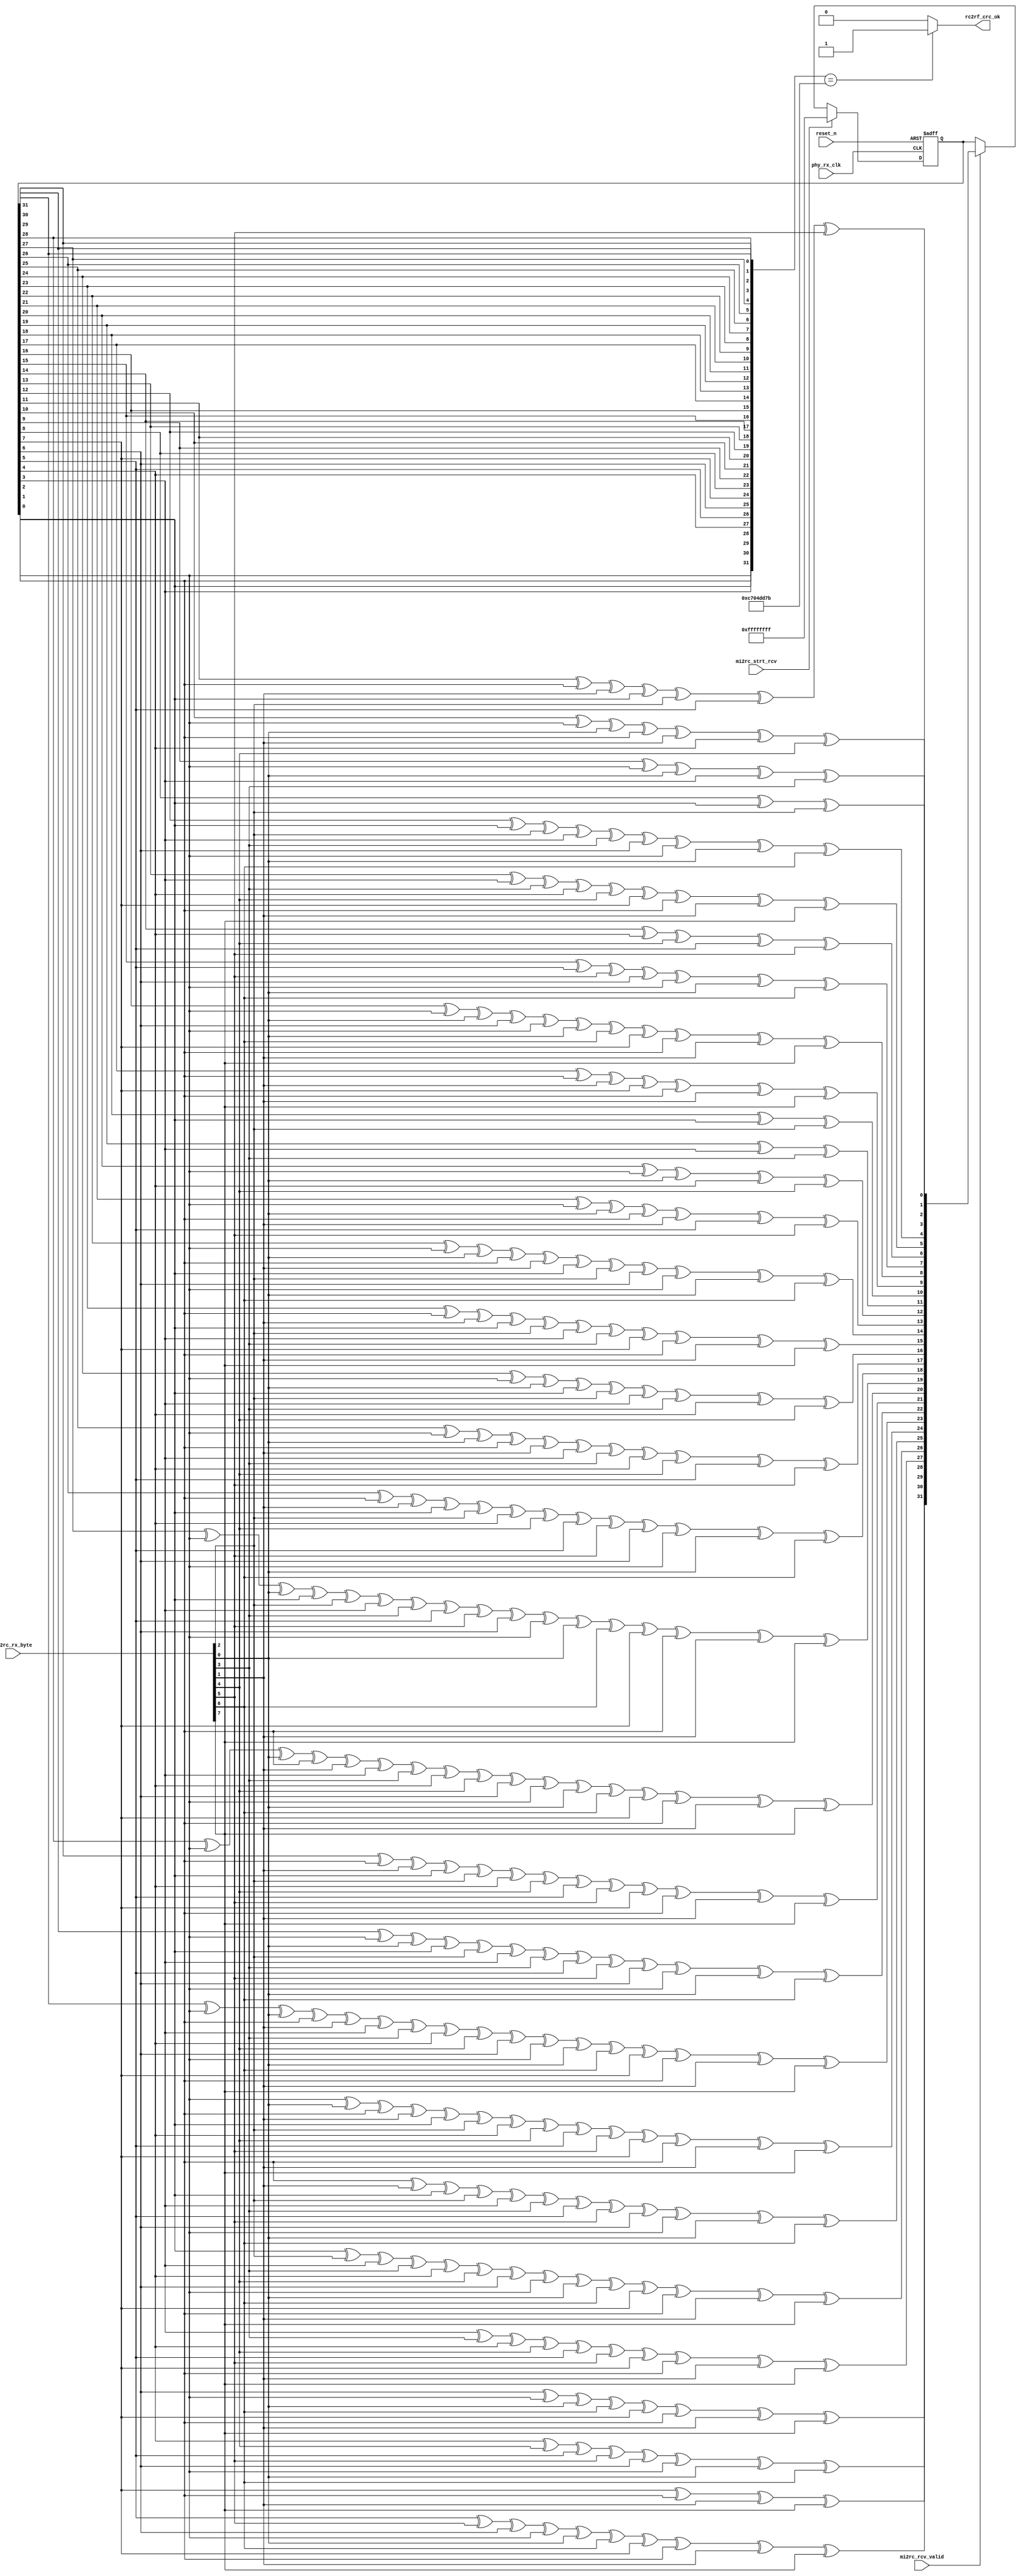
//////////////////////////////////////////////////////////////////////
////                                                              ////
////  Tubo 8051 cores MAC Interface Module                        ////
////                                                              ////
////  This file is part of the Turbo 8051 cores project           ////
////  http://www.opencores.org/cores/turbo8051/                   ////
////                                                              ////
////  Description                                                 ////
////  Turbo 8051 definitions.                                     ////
////                                                              ////
////  To Do:                                                      ////
////    nothing                                                   ////
////                                                              ////
////  Author(s):                                                  ////
////      - Dinesh Annayya, dinesha@opencores.org                 ////
////                                                              ////
//////////////////////////////////////////////////////////////////////
////                                                              ////
//// Copyright (C) 2000 Authors and OPENCORES.ORG                 ////
////                                                              ////
//// This source file may be used and distributed without         ////
//// restriction provided that this copyright statement is not    ////
//// removed from the file and that any derivative work contains  ////
//// the original copyright notice and the associated disclaimer. ////
////                                                              ////
//// This source file is free software; you can redistribute it   ////
//// and/or modify it under the terms of the GNU Lesser General   ////
//// Public License as published by the Free Software Foundation; ////
//// either version 2.1 of the License, or (at your option) any   ////
//// later version.                                               ////
////                                                              ////
//// This source is distributed in the hope that it will be       ////
//// useful, but WITHOUT ANY WARRANTY; without even the implied   ////
//// warranty of MERCHANTABILITY or FITNESS FOR A PARTICULAR      ////
//// PURPOSE.  See the GNU Lesser General Public License for more ////
//// details.                                                     ////
////                                                              ////
//// You should have received a copy of the GNU Lesser General    ////
//// Public License along with this source; if not, download it   ////
//// from http://www.opencores.org/lgpl.shtml                     ////
////                                                              ////
//////////////////////////////////////////////////////////////////////
/***************************************************************
  Description:
  rx_crc32.v: This block contains the crc32 checker.
 * CRC is generated in the receive data when mi2rc_rcv_valid is asserted.
 * For the recieve data. crc_ok indicates whenther the packet was 
 * good or bad.
 * The 32-bit crc shift register is reset to all 1's when
 * mi2rc_strt_rcv is asserted.
 
 *********************************************************************/
module g_rx_crc32 (
              // CRC Valid signal to rx_fsm
	      rc2rf_crc_ok,
	      
	      // Global Signals
	      phy_rx_clk,
	      reset_n,
              // CRC Data signals
	      mi2rc_strt_rcv,
	      mi2rc_rcv_valid,
	      mi2rc_rx_byte
	      );
  
  // defx[ine inputs and outputs.
  
  output	rc2rf_crc_ok;            // asserted when crc check is ok. to rx.

  input		phy_rx_clk;              // serial clock from phy.
  input		reset_n;             // global asynchronous reset.

  input		mi2rc_rcv_valid;        // when asserted, crc is computed on 
                                   // rx_crc_data. from rx.
  input		mi2rc_strt_rcv;      // when asserted, crc shift register is
                                   // reset to all 1's. from rx.
  input [7:0]	mi2rc_rx_byte;       // receive data. from rx.
  
  
  
  
  // reg/wire declarations for primary outputs.
  wire		rc2rf_crc_ok;
  
  // define constants and parameters here.
  // define local signals here.
  
  wire [7:0]	crc_in;
  wire		gen_crc;
  reg [31:0]	current_crc, next_crc;
  reg		crc_ok_ul;
 
  wire [31:0]   rx_fcs;
  
  // code starts here.
  
  // select either rx_crc_data or tx_data as the input to crc generator.
  assign crc_in = mi2rc_rx_byte;

  // enable crc generator 
  
  assign gen_crc = mi2rc_rcv_valid ; // 
  
  // 32-bit crc shift register for crc calculation.
  
  always @(posedge phy_rx_clk or negedge reset_n)
    begin
      if (!reset_n)
	begin
	  current_crc <= 32'hffffffff;
	end
      else
	begin
	  if (mi2rc_strt_rcv)
	    begin
	      current_crc <= 32'hffffffff;
	    end
	  else if (gen_crc)  // generate crc 
	    begin
	      current_crc <= next_crc;
	    end // else: !if(tx_reset_crc || mi2rc_strt_rcv)
	end // else: !if(!reset_n)
    end // always @ (posedge phy_rx_clk or negedge reset_n)

  // combinational logic to generate next_crc

  always @(current_crc or crc_in)
    begin

      next_crc[0]  = current_crc[8]  ^ current_crc[2] ^ crc_in[2];
	    next_crc[1]  = current_crc[9]  ^ current_crc[0] ^ crc_in[0] ^
	                   current_crc[3]  ^ crc_in[3]; 
	    next_crc[2]  = current_crc[10] ^ current_crc[0] ^ crc_in[0] ^
	                   current_crc[1]  ^ crc_in[1] ^ current_crc[4]  ^
		                 crc_in[4];
	    next_crc[3]  = current_crc[11] ^ current_crc[1] ^ crc_in[1] ^
	                   current_crc[2]  ^ crc_in[2] ^ current_crc[5]  ^
		                 crc_in[5];
	    next_crc[4]  = current_crc[12] ^ current_crc[2] ^ crc_in[2] ^
	                   current_crc[3] ^ crc_in[3] ^ current_crc[6]  ^
		                 current_crc[0] ^ crc_in[0] ^ crc_in[6];
	    next_crc[5]  = current_crc[13] ^ current_crc[3] ^ crc_in[3] ^
	                   current_crc[4] ^ crc_in[4] ^ current_crc[7]  ^
		                 current_crc[1] ^ crc_in[1] ^ crc_in[7];
	    next_crc[6]  = current_crc[14] ^ current_crc[4] ^ crc_in[4] ^
	                   current_crc[5] ^ crc_in[5];
	    next_crc[7]  = current_crc[15] ^ current_crc[5] ^ crc_in[5] ^
	                   current_crc[6] ^ current_crc[0] ^ crc_in[0]  ^
		                 crc_in[6];
	    next_crc[8]  = current_crc[16] ^ current_crc[0] ^ crc_in[0] ^
	                   current_crc[6] ^ current_crc[0] ^ crc_in[0]  ^
      		           crc_in[6] ^ current_crc[7] ^ current_crc[1]  ^
		                 crc_in[1] ^ crc_in[7];
	    next_crc[9]  = current_crc[17] ^ current_crc[1] ^ crc_in[1] ^
	                   current_crc[7] ^ current_crc[1] ^ crc_in[1]  ^
       		           crc_in[7];
	    next_crc[10]  = current_crc[18] ^ current_crc[2] ^ crc_in[2];
	    next_crc[11]  = current_crc[19] ^ current_crc[3] ^ crc_in[3];
	    next_crc[12]  = current_crc[20] ^ current_crc[0] ^ crc_in[0] ^
	                    current_crc[4] ^ crc_in[4];
	    next_crc[13]  = current_crc[21] ^ current_crc[0] ^ crc_in[0] ^
	                    current_crc[1] ^ crc_in[1] ^ current_crc[5]  ^
		                  crc_in[5];
	    next_crc[14]  = current_crc[22] ^ current_crc[0] ^ crc_in[0] ^
	                    current_crc[1] ^ crc_in[1] ^ current_crc[2]  ^
		                  crc_in[2] ^ current_crc[6] ^ current_crc[0]  ^
		                  crc_in[0] ^ crc_in[6];
	    next_crc[15]  = current_crc[23] ^ current_crc[1] ^ crc_in[1] ^
	                    current_crc[2] ^ crc_in[2] ^ current_crc[3]  ^
		                  crc_in[3] ^ current_crc[7] ^ current_crc[1]  ^
		                  crc_in[1] ^ crc_in[7];
	    next_crc[16]  = current_crc[24] ^ current_crc[0] ^ crc_in[0] ^
	                    current_crc[2] ^ crc_in[2] ^ current_crc[3]  ^
		                  crc_in[3] ^ current_crc[4] ^ crc_in[4];
	    next_crc[17]  = current_crc[25] ^ current_crc[0] ^ crc_in[0] ^
	                    current_crc[1] ^ crc_in[1] ^ current_crc[3]  ^
		                  crc_in[3] ^ current_crc[4] ^ crc_in[4]  ^
		                  current_crc[5] ^ crc_in[5]; 
	    next_crc[18]  = current_crc[26] ^ current_crc[1] ^ crc_in[1] ^
	                    current_crc[2] ^ crc_in[2] ^ current_crc[4]  ^
		                  crc_in[4] ^ current_crc[5] ^ crc_in[5]  ^
		                  current_crc[6] ^ current_crc[0] ^ crc_in[0]  ^
		                  crc_in[6];
	    next_crc[19]  = current_crc[27] ^ current_crc[0] ^ crc_in[0] ^
	                    current_crc[2] ^ crc_in[2] ^ current_crc[3]  ^
		                  crc_in[3] ^ current_crc[5] ^ crc_in[5]  ^
		                  current_crc[6] ^ current_crc[0] ^ crc_in[0]  ^
		                  crc_in[6] ^ current_crc[7] ^ current_crc[1]  ^
		                  crc_in[1] ^ crc_in[7];
	    next_crc[20]  = current_crc[28] ^ current_crc[0] ^ crc_in[0] ^
	                    current_crc[1] ^ crc_in[1] ^ current_crc[3]  ^
		                  crc_in[3] ^ current_crc[4] ^ crc_in[4]  ^
		                  current_crc[6] ^ current_crc[0] ^ crc_in[0]  ^
		                  crc_in[6] ^ current_crc[7] ^ current_crc[1]  ^
		                  crc_in[1] ^ crc_in[7];
	    next_crc[21]  = current_crc[29] ^ current_crc[1] ^ crc_in[1] ^
                      current_crc[2] ^ crc_in[2] ^ current_crc[4]  ^
                      crc_in[4] ^ current_crc[5] ^ crc_in[5]  ^
                      current_crc[7] ^ current_crc[1] ^ crc_in[1]  ^ 
                      crc_in[7];
	    next_crc[22]  = current_crc[30] ^ current_crc[0] ^ crc_in[0] ^
                      current_crc[2] ^ crc_in[2] ^ current_crc[3]  ^
                      crc_in[3] ^ current_crc[5] ^ crc_in[5]  ^
                      current_crc[6] ^ current_crc[0] ^ crc_in[0]  ^
                      crc_in[6];
	    next_crc[23]  = current_crc[31] ^ current_crc[0] ^ crc_in[0] ^
                      current_crc[1] ^ crc_in[1] ^ current_crc[3]  ^
                      crc_in[3] ^ current_crc[4] ^ crc_in[4]  ^
                      current_crc[6] ^ current_crc[0] ^ crc_in[0]  ^
                      crc_in[6] ^ current_crc[7] ^ current_crc[1]  ^
                      crc_in[1] ^ crc_in[7];
	    next_crc[24]  = current_crc[0] ^ crc_in[0] ^ current_crc[1]  ^ 
                      crc_in[1] ^ current_crc[2] ^ crc_in[2]    ^
                      current_crc[4] ^ crc_in[4] ^ current_crc[5]  ^
                      crc_in[5] ^ current_crc[7] ^ current_crc[1]  ^
                      crc_in[1] ^ crc_in[7];
	    next_crc[25]  = current_crc[1] ^ crc_in[1] ^ current_crc[2]  ^ 
	                    crc_in[2] ^ current_crc[3] ^ crc_in[3]    ^ 
                      current_crc[5] ^ crc_in[5] ^ current_crc[6]  ^ 
                      current_crc[0]  ^ crc_in[0] ^ crc_in[6]; 
	    next_crc[26]  = current_crc[2] ^ crc_in[2] ^ current_crc[3]  ^ 
                      crc_in[3] ^ current_crc[4] ^ crc_in[4]    ^ 
                      current_crc[6] ^ current_crc[0] ^ crc_in[0]  ^ 
                      crc_in[6]  ^ current_crc[7] ^ current_crc[1] ^ 
                      crc_in[1]  ^ crc_in[7];
	    next_crc[27]  = current_crc[3] ^ crc_in[3] ^ current_crc[4]  ^ 
                      crc_in[4] ^ current_crc[5] ^ crc_in[5]    ^ 
                      current_crc[7] ^ current_crc[1] ^ crc_in[1]  ^ 
                      crc_in[7];
	    next_crc[28]  = current_crc[4] ^crc_in[4] ^ current_crc[5]   ^ 
                      crc_in[5] ^ current_crc[6] ^ current_crc[0]  ^ 
                      crc_in[0] ^ crc_in[6];
	    next_crc[29]  = current_crc[5] ^ crc_in[5] ^ current_crc[6]  ^ 
                      current_crc[0] ^ crc_in[0] ^ crc_in[6]    ^ 
                      current_crc[7] ^ current_crc[1] ^ crc_in[1]  ^ 
                      crc_in[7];
	    next_crc[30]  = current_crc[6] ^ current_crc[0] ^ crc_in[0]  ^ 
                      crc_in[6] ^ current_crc[7] ^ current_crc[1]  ^
                      crc_in[1] ^ crc_in[7];
	    next_crc[31]  = current_crc[7] ^ current_crc[1] ^ crc_in[1] ^ 
                      crc_in[7];
    end   // always

assign rx_fcs[0] = current_crc[31];
assign rx_fcs[1] = current_crc[30];
assign rx_fcs[2] = current_crc[29];
assign rx_fcs[3] = current_crc[28];
assign rx_fcs[4] = current_crc[27];
assign rx_fcs[5] = current_crc[26];
assign rx_fcs[6] = current_crc[25];
assign rx_fcs[7] = current_crc[24];
assign rx_fcs[8] = current_crc[23];
assign rx_fcs[9] = current_crc[22];
assign rx_fcs[10] = current_crc[21];
assign rx_fcs[11] = current_crc[20];
assign rx_fcs[12] = current_crc[19];
assign rx_fcs[13] = current_crc[18];
assign rx_fcs[14] = current_crc[17];
assign rx_fcs[15] = current_crc[16];
assign rx_fcs[16] = current_crc[15];
assign rx_fcs[17] = current_crc[14];
assign rx_fcs[18] = current_crc[13];
assign rx_fcs[19] = current_crc[12];
assign rx_fcs[20] = current_crc[11];
assign rx_fcs[21] = current_crc[10];
assign rx_fcs[22] = current_crc[9];
assign rx_fcs[23] = current_crc[8];
assign rx_fcs[24] = current_crc[7];
assign rx_fcs[25] = current_crc[6];
assign rx_fcs[26] = current_crc[5];
assign rx_fcs[27] = current_crc[4];
assign rx_fcs[28] = current_crc[3];
assign rx_fcs[29] = current_crc[2];
assign rx_fcs[30] = current_crc[1];
assign rx_fcs[31] = current_crc[0];

  always @(rx_fcs)
    begin
      if (rx_fcs == 32'hc704dd7b)
	crc_ok_ul = 1;
      else
	crc_ok_ul = 0;
    end  // always


 assign rc2rf_crc_ok = crc_ok_ul; 
  
  
endmodule